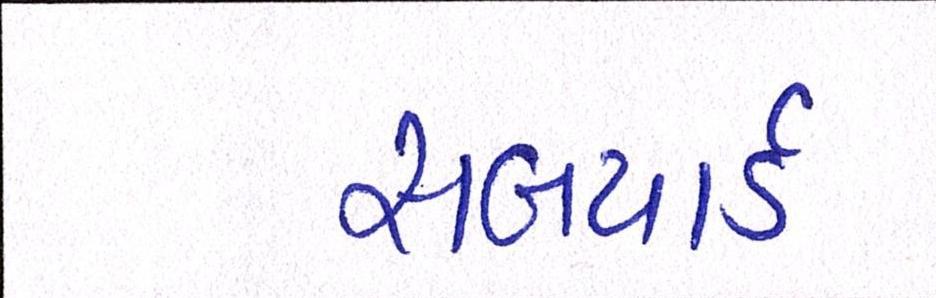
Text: સબયાર્ડ